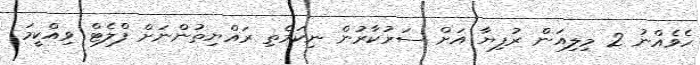
ހެވެއްނު 2 މިލިއަން ރުފިޔާ އަށް ސަރުކާރުން ނިކަމެތި ރައްޔިތުންނަށް ފްލެޓް ވިއްކީމަ